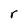
Character: r